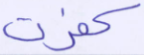
كفرت